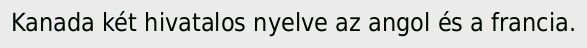
Kanada két hivatalos nyelve az angol és a francia.